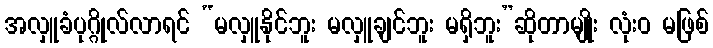
အလှူခံပုဂ္ဂိုလ်လာရင် “မလှူနိုင်ဘူး မလှူချင်ဘူး မရှိဘူး”ဆိုတာမျိုး လုံးဝ မဖြစ်